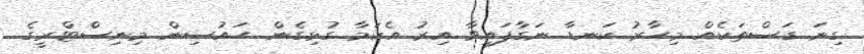
ގިނަ ގަސްތަކެއް މިހާރު ކަނޑާ ނަގާފައިވާ އިރު އެކަމާ ގުޅިގެން ހައުސިން މިނިސްޓްރީގެ